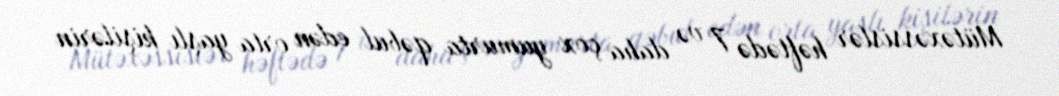
Mütəxəssislər həftədə 7 və daha çox yumurta qəbul edən orta yaşlı kişilərin